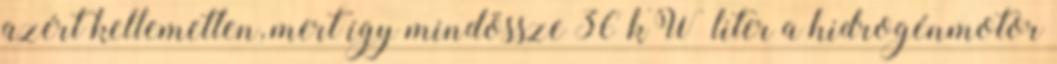
azért kellemetlen, mert így mindössze 36 kW liter a hidrogénmotor